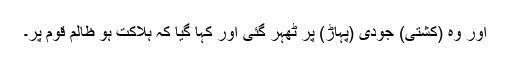
اور وہ (کشتی) جودی (پہاڑ) پر ٹھہر گئی اور کہا گیا کہ ہلاکت ہو ظالم قوم پر۔